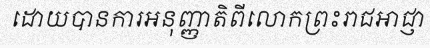
ដោយបានការអនុញ្ញាតិពីលោកព្រះរាជអាជ្ញា